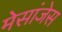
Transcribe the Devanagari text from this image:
मेसांजेस